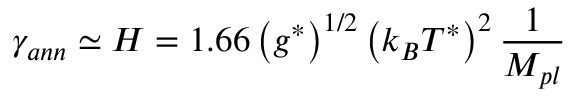
\gamma _ { a n n } \simeq H = 1 . 6 6 \left( g ^ { * } \right) ^ { 1 / 2 } \left( k _ { B } T ^ { * } \right) ^ { 2 } \frac { 1 } { M _ { p l } }